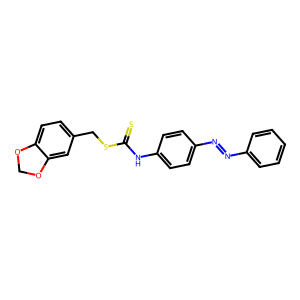
SMILES: S=C(Nc1ccc(N=Nc2ccccc2)cc1)SCc1ccc2c(c1)OCO2
Inhibits HIV replication: No